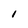
Character: l